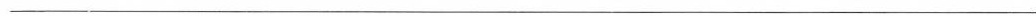
___